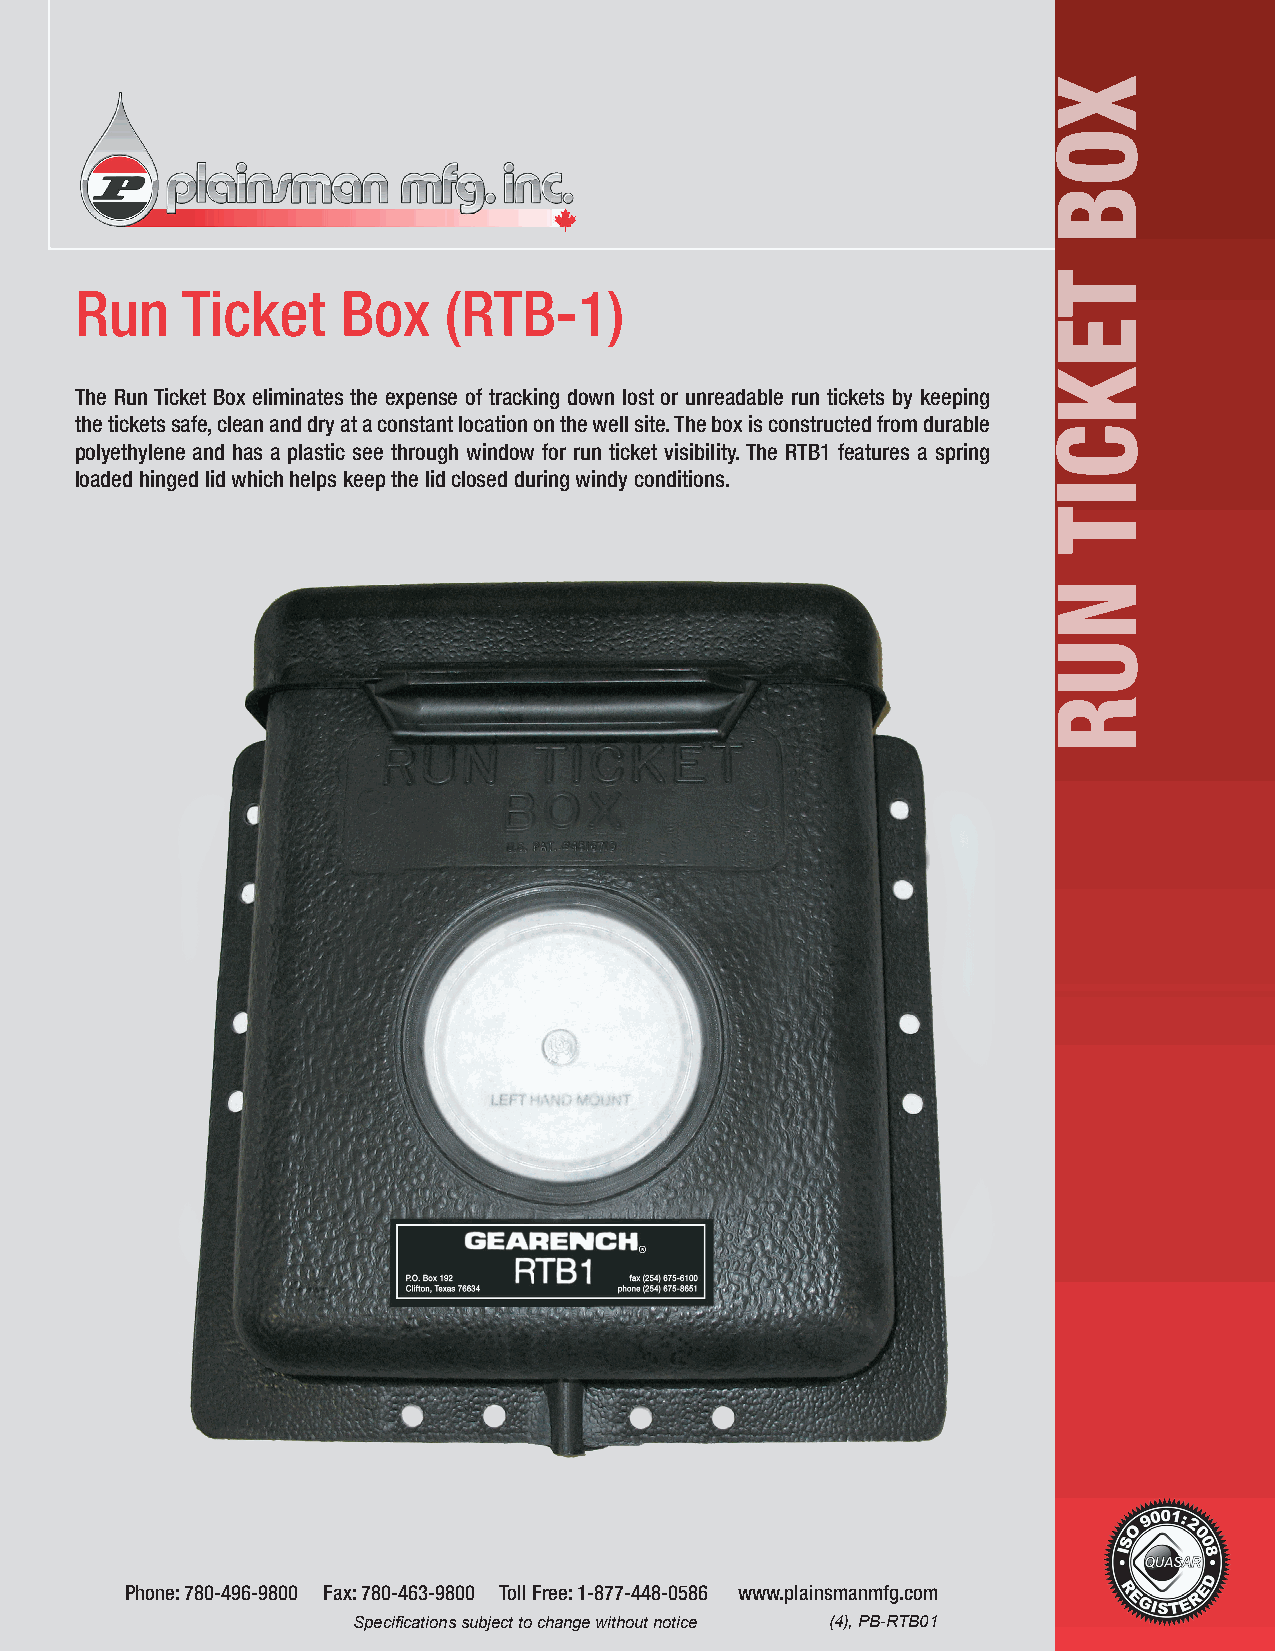
Run    Ticket     Box   (RTB-1)
 The Run Ticket Box eliminates the expense of tracking down lost or unreadable run tickets by keeping
 the tickets safe, clean and dry at a constant location on the well site. The box is constructed from durable
 polyethylene and has a plastic see through window for run ticket visibility. The RTB1 features a spring
 loaded hinged lid which helps keep the lid closed during windy conditions.
 Phone: 780-496-9800 Fax: 780-463-9800 Toll Free: 1-877-448-0586 www.plainsmanmfg.com
 Specifications subject to change without notice (4), PB-RTB01
 XOB
 TEKCIT
 NUR